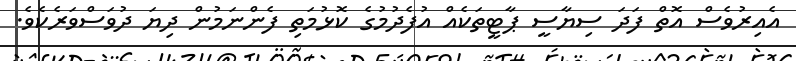
އެއިރުވެސް އޮތް ފަދަ ސިޔާސީ ޕާޓީތަކެއް އުފެދުމުގެ ކޮޅުމަތި ފެންނަމުން ދިޔަ ދުވަސްވަރެކެވެ.